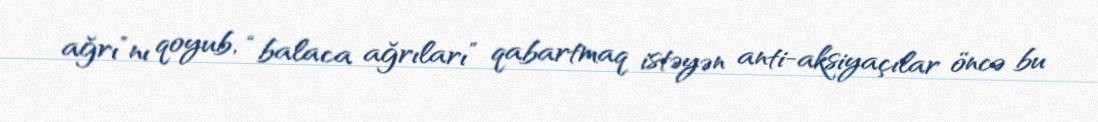
ağrı”nı qoyub, “balaca ağrıları” qabartmaq istəyən anti-aksiyaçılar öncə bu